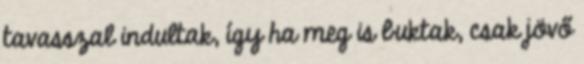
tavasszal indultak, így ha meg is buktak, csak jövő